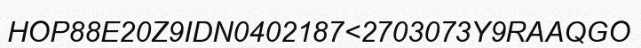
HOP88E20Z9IDN0402187<2703073Y9RAAQGO